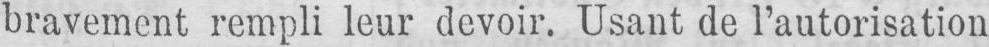
bravement rempli leur devoir. Usant de l’autorisation